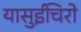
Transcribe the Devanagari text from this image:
यासुईचिरो